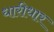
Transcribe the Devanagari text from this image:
धारीधार